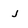
Character: j